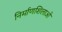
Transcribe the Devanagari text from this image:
निर्माणशिलाओं